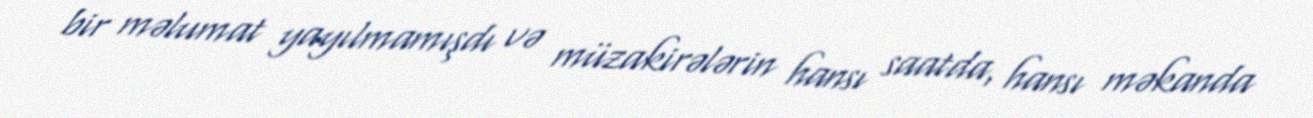
bir məlumat yayılmamışdı və müzakirələrin hansı saatda, hansı məkanda